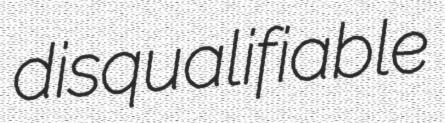
disqualifiable